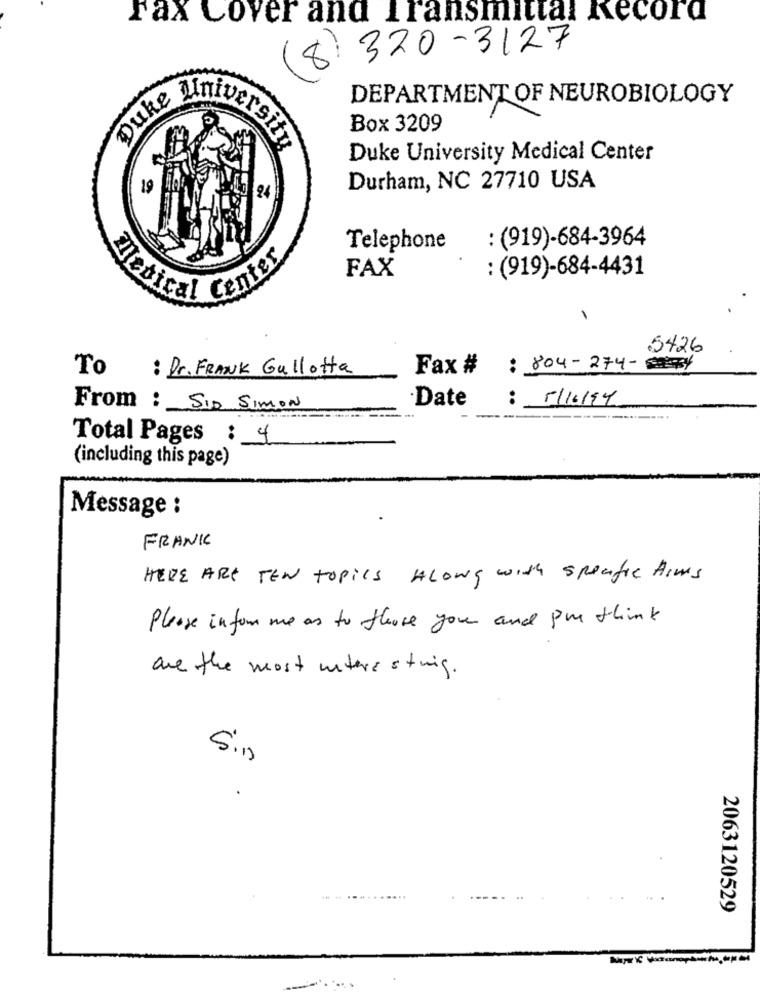
Fax Cover and Transmittal Record
320 -3127
8
Duke gin
DEPARTMENT OF NEUROBIOLOGY
Box 3209
Duke University Medical Center
19
Durham, NC 27710 USA
24
: (919)-684-3964
Telephone
FAX
: (919)-684-4431
Medical Center
.5426
To : Dr. FRANK Gullotta
Fax #
: 804-274-5
Date
:
5/16/94
From : SID SIMON
Total Pages : 4
(including this page)
Message :
FRANK
HERE ARE TEN topics ALONG with specific Aims
Please inform me as to those you and pre think
are the most interesting.
2063120529